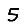
Digit: 5